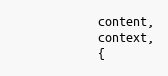
Language: JavaScript
            content,
            context,
            {